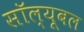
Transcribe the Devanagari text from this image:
सॉल्यूबल